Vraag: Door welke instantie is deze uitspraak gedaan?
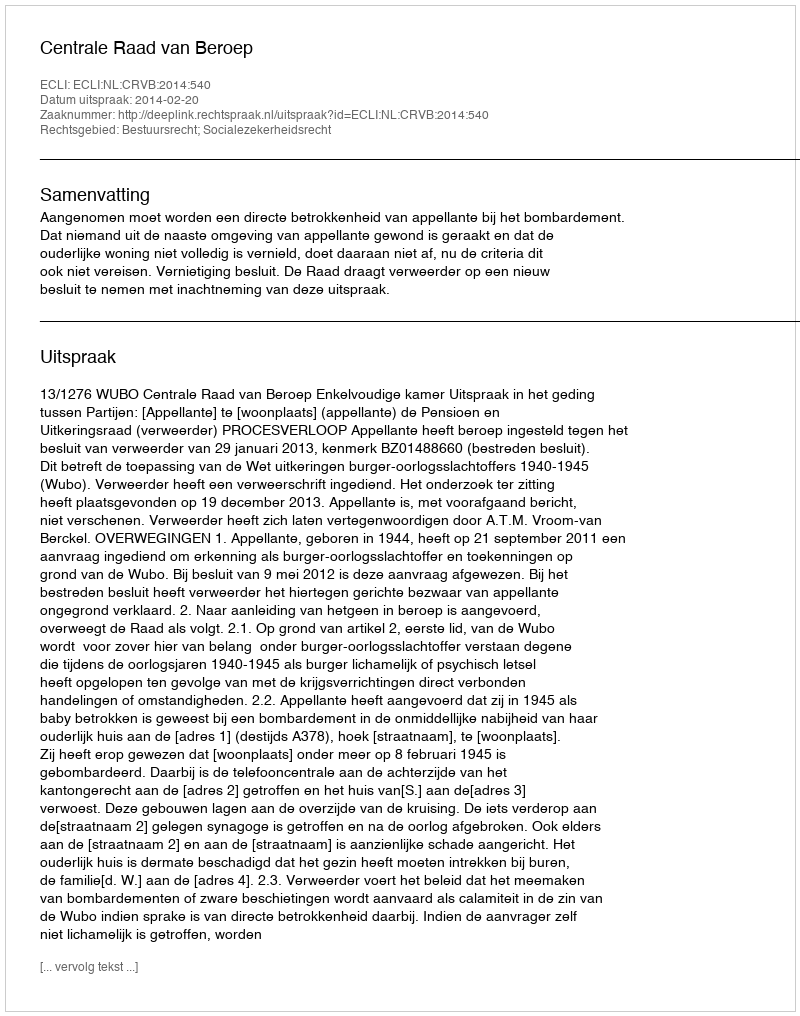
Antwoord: Centrale Raad van Beroep